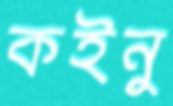
কইনু